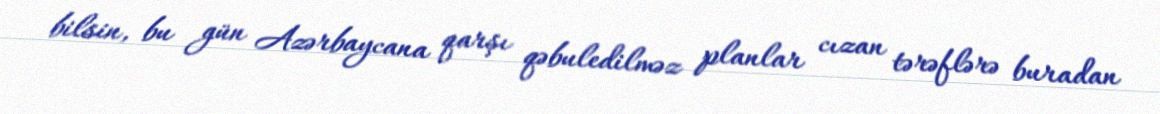
bilsin, bu gün Azərbaycana qarşı qəbuledilməz planlar cızan tərəflərə buradan